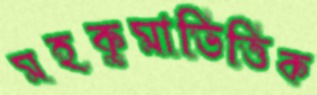
মহকুমাভিত্তিক